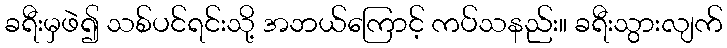
ခရီးမှဖဲ၍ သစ်ပင်ရင်းသို့ အဘယ်ကြောင့် ကပ်သနည်း။ ခရီးသွားလျက်